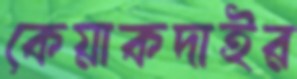
কেয়াকদাইর